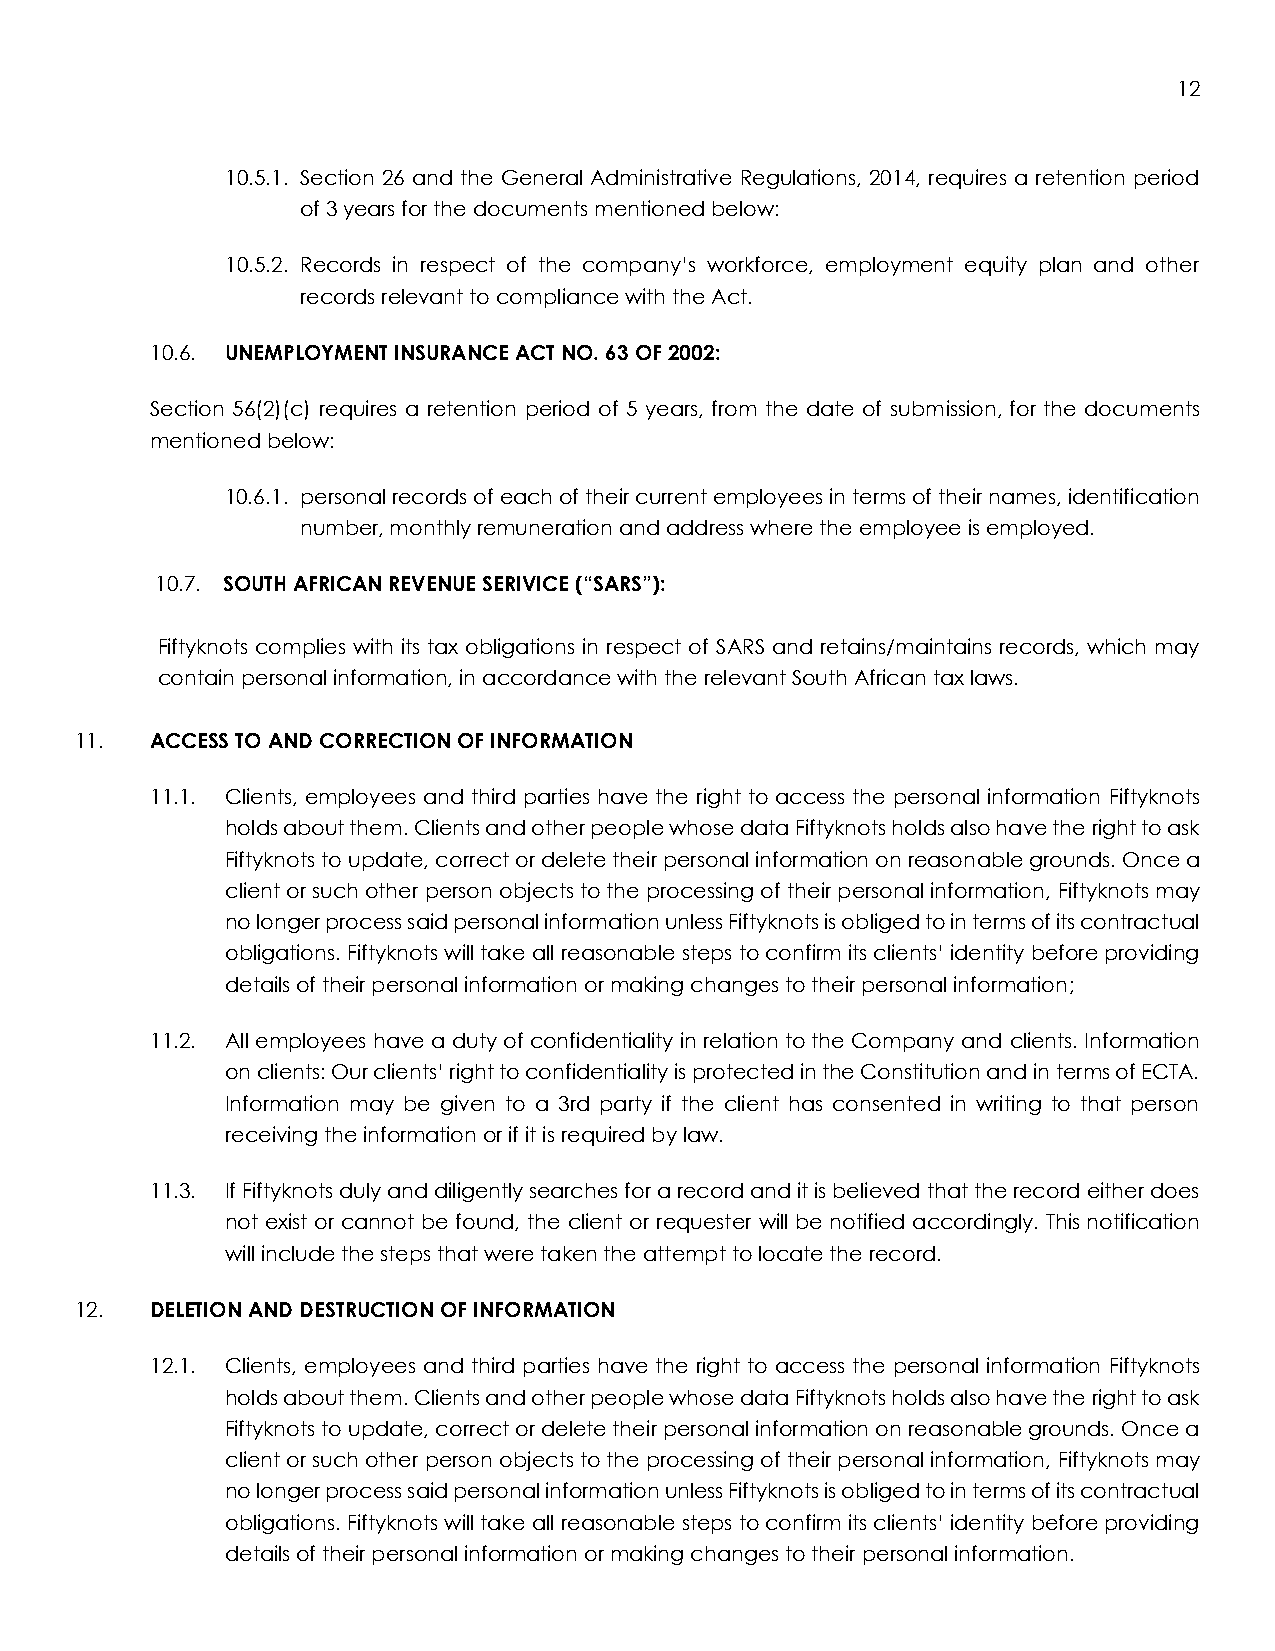
12
 10.5.1. Section 26 and the General Administrative Regulations, 2014, requires a retention period
 of 3 years for the documents mentioned below:
 10.5.2. Records in respect of the company’s workforce, employment equity plan and other
 records relevant to compliance with the Act.
 10.6. UNEMPLOYMENT INSURANCE ACT NO. 63 OF 2002:
 Section 56(2)(c) requires a retention period of 5 years, from the date of submission, for the documents
 mentioned below:
 10.6.1. personal records of each of their current employees in terms of their names, identification
 number, monthly remuneration and address where the employee is employed.
 10.7. SOUTH AFRICAN REVENUE SERIVICE (“SARS”):
 Fiftyknots complies with its tax obligations in respect of SARS and retains/maintains records, which may
 contain personal information, in accordance with the relevant South African tax laws.
 11.  ACCESS TO AND CORRECTION OF INFORMATION
 11.1. Clients, employees and third parties have the right to access the personal information Fiftyknots
 holds about them. Clients and other people whose data Fiftyknots holds also have the right to ask
 Fiftyknots to update, correct or delete their personal information on reasonable grounds. Once a
 client or such other person objects to the processing of their personal information, Fiftyknots may
 no longer process said personal information unless Fiftyknots is obliged to in terms of its contractual
 obligations. Fiftyknots will take all reasonable steps to confirm its clients’ identity before providing
 details of their personal information or making changes to their personal information;
 11.2. All employees have a duty of confidentiality in relation to the Company and clients. Information
 on clients: Our clients’ right to confidentiality is protected in the Constitution and in terms of ECTA.
 Information may be given to a 3rd party if the client has consented in writing to that person
 receiving the information or if it is required by law.
 11.3. If Fiftyknots duly and diligently searches for a record and it is believed that the record either does
 not exist or cannot be found, the client or requester will be notified accordingly. This notification
 will include the steps that were taken the attempt to locate the record.
 12.  DELETION AND DESTRUCTION OF INFORMATION
 12.1. Clients, employees and third parties have the right to access the personal information Fiftyknots
 holds about them. Clients and other people whose data Fiftyknots holds also have the right to ask
 Fiftyknots to update, correct or delete their personal information on reasonable grounds. Once a
 client or such other person objects to the processing of their personal information, Fiftyknots may
 no longer process said personal information unless Fiftyknots is obliged to in terms of its contractual
 obligations. Fiftyknots will take all reasonable steps to confirm its clients’ identity before providing
 details of their personal information or making changes to their personal information.